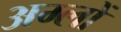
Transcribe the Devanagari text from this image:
अम्‍लों